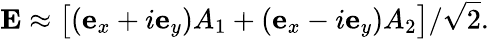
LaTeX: {\mathbf E}\approx\big[({\mathbf e}_{x}+i{\mathbf e}_{y})A_{1}+({\mathbf e}_{x}-i{\mathbf e}_{y})A_{2}\big]/\sqrt{2}.